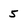
Character: 5